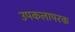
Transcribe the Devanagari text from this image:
उपकलापरक